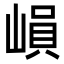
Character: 𡻖